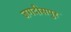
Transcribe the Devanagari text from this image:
जगदीसपुर